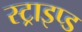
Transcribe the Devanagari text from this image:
स्ट्राइप्ड